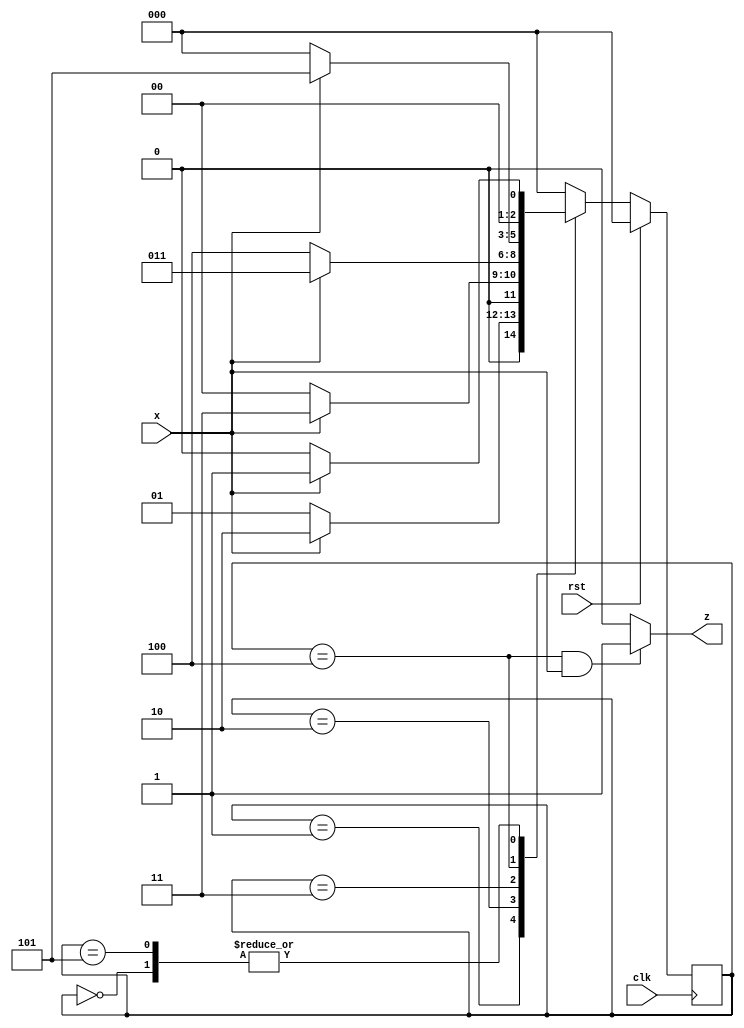
`timescale 1ns / 1ps
//////////////////////////////////////////////////////////////////////////////////
// Company: 
// Engineer: 
// 
// Design Name: 
// Module Name: moore_11101_non_overlapping_seq
// Project Name: 
// Target Devices: 
// Tool Versions: 
// Description: 
// 
// Dependencies: 
// 
// Revision:
// Revision 0.01 - File Created
// Additional Comments:
// 
//////////////////////////////////////////////////////////////////////////////////


module moore_11101_non_overlapping_seq(z, clk, rst, x);
  output reg z;
  input clk, rst, x;
  
  reg[2:0] cs, ns;
  
  parameter s0 = 3'b000, s1 = 3'b001, s2 = 3'b010, s3 = 3'b011, s4 = 3'b100, s5 = 3'b101;
   
  
  always @(posedge clk)
  begin
    if(rst)
      cs <= s0;
    else
      cs <= ns;
  end

  always @(cs, x)
  begin
    case(cs)
    s0:
      begin
        if(x)
          ns <= s1;
        else
          ns <= s0;
      end
    s1:
      begin
        if(x)
          ns <= s2;
        else
          ns <= s1;
      end
    s2:
      begin
        if(x)
          ns <= s3;
        else
          ns <= s0;
      end
    s3:
      begin
        if(x)
          ns <= s3;
        else
          ns <= s4;
      end
    s4:
      begin
        if(x)
          ns <= s5; 
        else
          ns <= s0;
      end
    s5:
      begin
        if(x)
          ns <= s1; 
        else
          ns <= s0;
      end  
    default:
      begin
        ns <= s0;
      end
    endcase      
  end
  
  always @(cs, x)
  begin
    if ( cs == s4 && x == 1 )
      z <= 1;
    else
      z <= 0;
  end    
endmodule